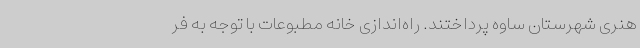
هنری شهرستان ساوه پرداختند. راه‌اندازی خانه مطبوعات با توجه به فر